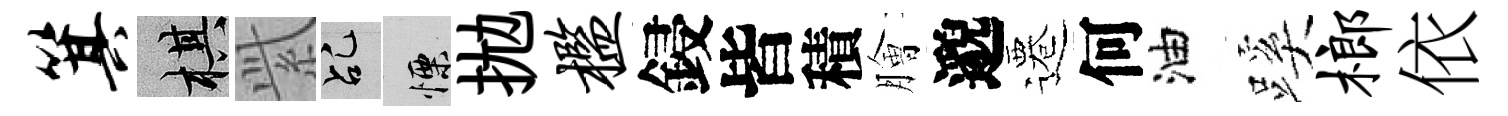
箕棋𬗋乩慄拋槛鋟皆積膾邈遷何油蹊榔依